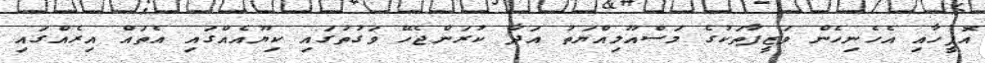
އޮފީހާއި އެހެނިހެން ވަޒީފާތަކުގެ މަސްއޫލިއްޔަތު އަދާ ކުރަންޖެހޭ ވަގުތުގައި ކިޔޫއެއްގައި އެތައް އިރެއްގައި